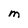
Character: M